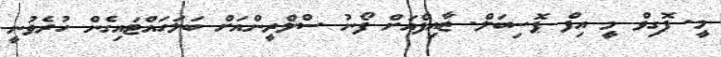
މީ. ފޮގިވް މީ އިފް ޕޮސިބަލް. ޒާއިފްއަށް ފޯނު ސްލްރީންއަށް ބަލަހައްޓައިގެން ހުރެވުނީ